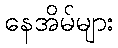
နေအိမ်များ